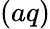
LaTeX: \left(aq\right)